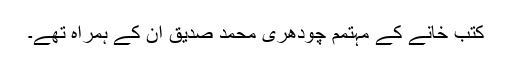
کتب خانے کے مہتمم چودھری محمد صدیق ان کے ہمراہ تھے۔